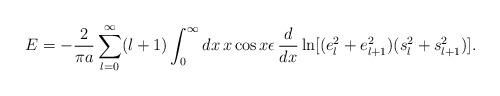
LaTeX: \begin{align*}E=-{2\over\pi a}\sum_{l=0}^\infty(l+1)\int_0^\infty dx\,x\cos x\epsilon\,{d\over dx}\ln[(e_l^2+e_{l+1}^2)(s_l^2+s_{l+1}^2)].\end{align*}